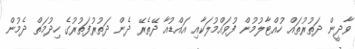
ވާދީން ދަތުރުތައް ހުއްޓާލުމުން ފުވައްމުލަކާއި އައްޑުއާ ދޭތެރޭ ދެން ދަތުރުފަތުރުގެ ހިދުމަތް ދެމުން